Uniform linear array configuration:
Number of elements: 8
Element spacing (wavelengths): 1
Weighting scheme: uniform
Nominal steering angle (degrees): -45
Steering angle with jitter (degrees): -44.472
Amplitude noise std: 0.05
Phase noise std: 0.05

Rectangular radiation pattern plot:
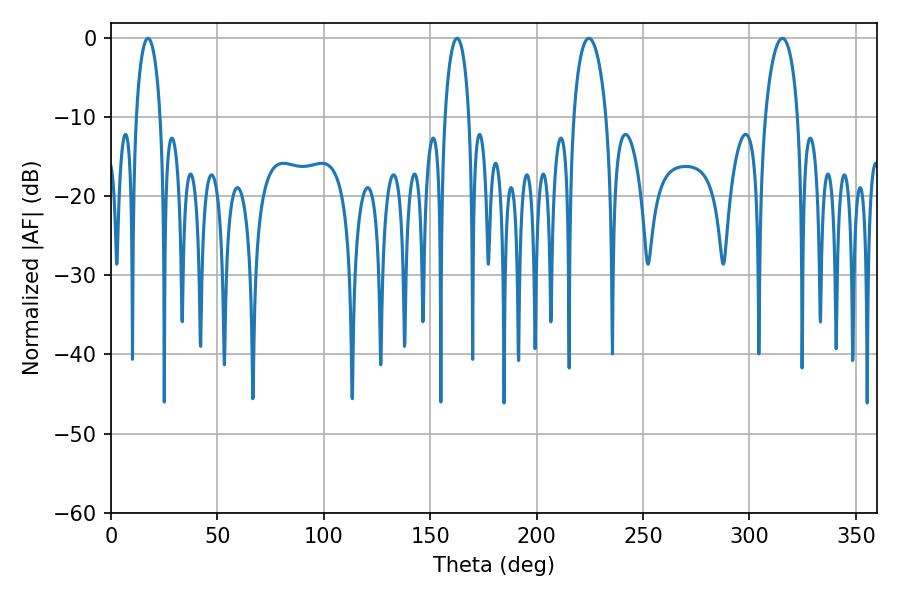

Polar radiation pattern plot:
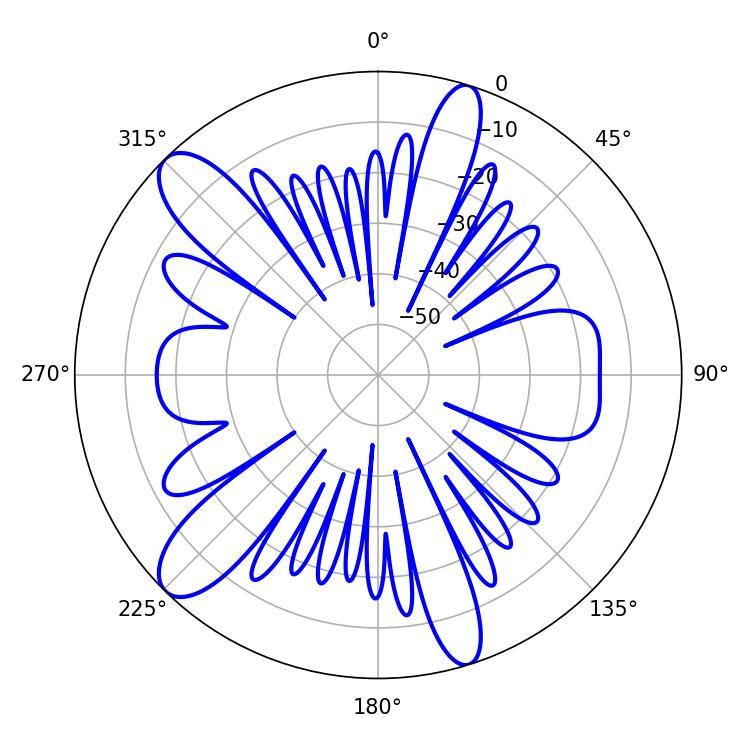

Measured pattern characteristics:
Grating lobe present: TRUE
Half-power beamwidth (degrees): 8.82
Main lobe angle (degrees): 224.46